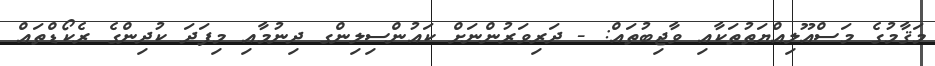
މަޤާމުގެ މަސްއޫލިއްޔަތުތަކާއި ވާޖިބުތައް: - ދަރިވަރުންނަށް ކައުންސިލިންގ ދިނުމާއި މިފަދަ ކުދިންގެ ރެކޯޑްތައް